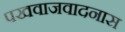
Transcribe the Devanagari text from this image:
पखवाजवादनास